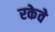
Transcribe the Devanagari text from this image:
रकेवे